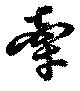
牽